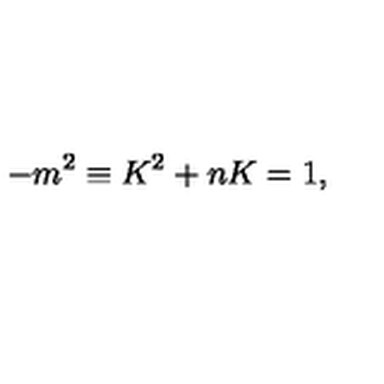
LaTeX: - m ^ { 2 } \equiv K ^ { 2 } + n K = 1 ,